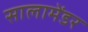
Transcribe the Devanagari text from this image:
सालामेंडर